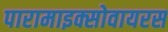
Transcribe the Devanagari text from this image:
पारामाइक्सोवायरस